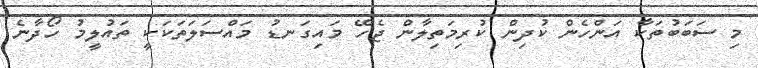
މި ސަބަބުތަކާ އަންހެން ކުދިން ކުރިމަތިލާން ޖެހޭ މައިގަނޑު މައްސަލަތަކަކީ ތައުލީމު ހޯދާނެ